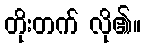
တိုးတက် လို၏။